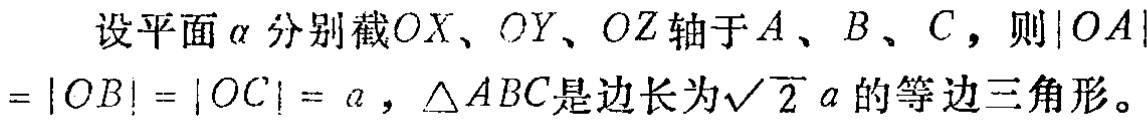
设平面\(\alpha\)分别截\(OX\)、\(OY\)、\(OZ\)轴于\(A\)、\(B\)、\(C\)，则\(\vert OA\vert=\vert OB\vert=\vert OC\vert = a\)，\(\triangle ABC\)是边长为\(\sqrt{2}a\)的等边三角形。